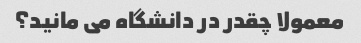
معمولا چقدر در دانشگاه می مانید؟